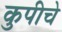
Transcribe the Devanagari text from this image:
कुपीचे